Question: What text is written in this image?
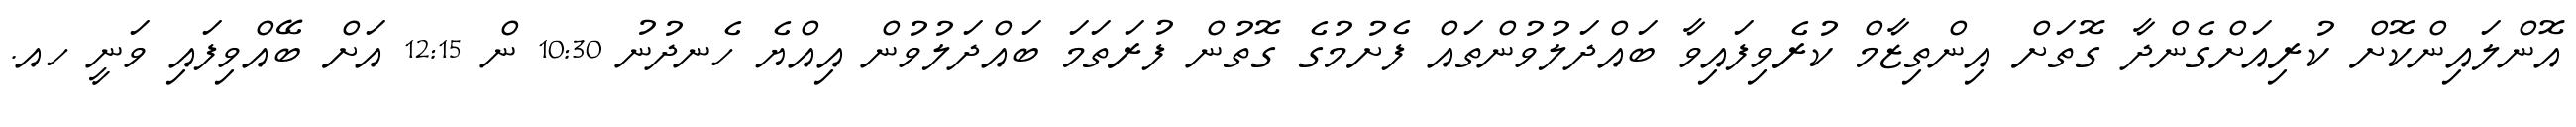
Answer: އޮންލައިންކޮށް ކުރިއަށްގެންދާ ގޮތަށް އިންތިޒާމް ކުރެވިފައިވާ ބައްދަލުވުންތައް ފެށުމުގެ ގޮތުން ފުރަތަމަ ބައްދަލުވުން އިއްޔެ ހެނދުނު 10:30 ން 12:15 އަށް ބޭއްވިފައި ވަނީ ހއ.